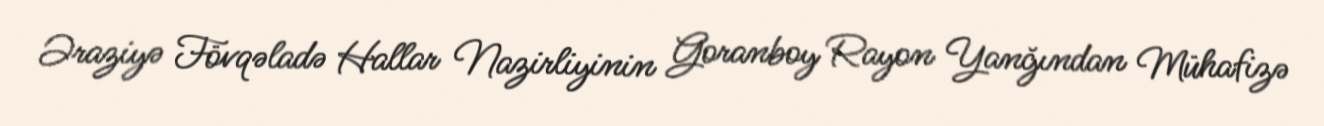
Əraziyə Fövqəladə Hallar Nazirliyinin Goranboy Rayon Yanğından Mühafizə